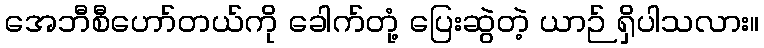
အေဘီစီဟော်တယ်ကို ခေါက်တုံ့ ပြေးဆွဲတဲ့ ယာဉ် ရှိပါသလား။